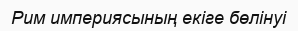
Рим империясының екіге бөлінуі